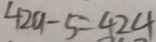
4 2 9 - 5 = 4 2 4